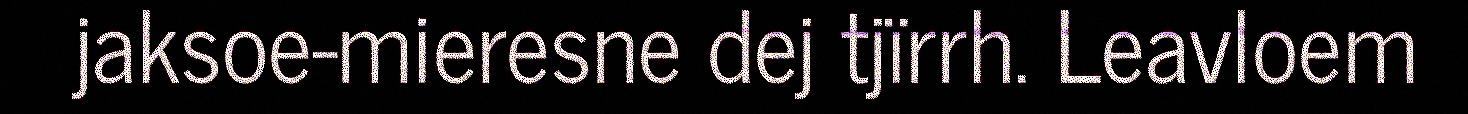
jaksoe-mieresne dej tjïrrh. Leavloem